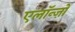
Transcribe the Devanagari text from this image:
एलॉन्ज़ो